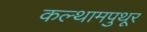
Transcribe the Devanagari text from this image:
कल्थामपुथूर